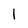
Character: 1